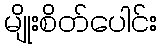
မျိုးစိတ်ပေါင်း